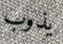
يذوب